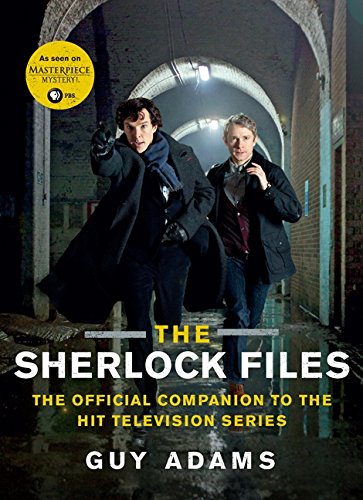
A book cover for The Sherlock Files: The Official Companion to the Hit Television Series; Guy Adams; Mystery, Thriller & Suspense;